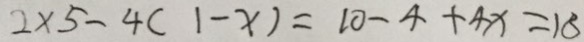
2 \times 5 - 4 ( 1 - x ) = 1 0 - 4 + 4 x = 1 8